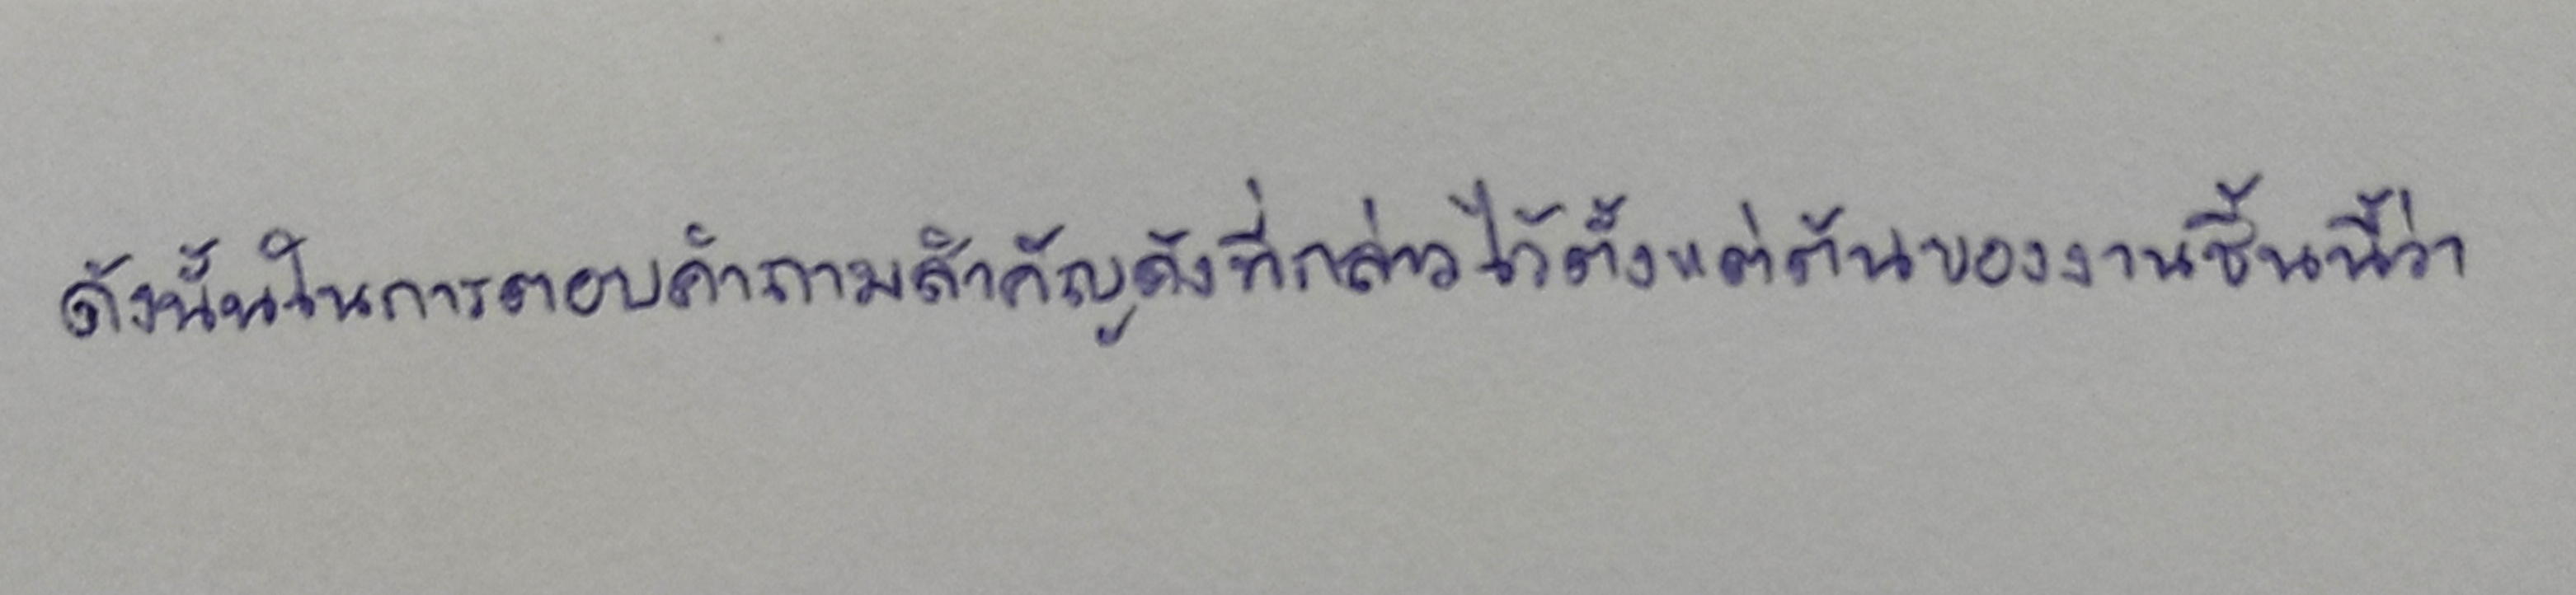
ดังนั้นในการตอบคำถามสำคัญดังที่กล่าวไว้ตั้งแต่ต้นของงานชิ้นนี้ว่า